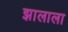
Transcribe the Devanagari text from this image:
झालाला